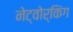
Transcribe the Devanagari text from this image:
नेट्वोर्किंग